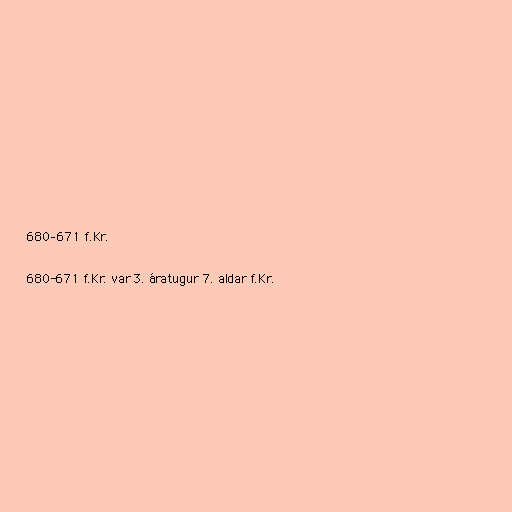
680–671 f.Kr.

680-671 f.Kr. var 3. áratugur 7. aldar f.Kr.